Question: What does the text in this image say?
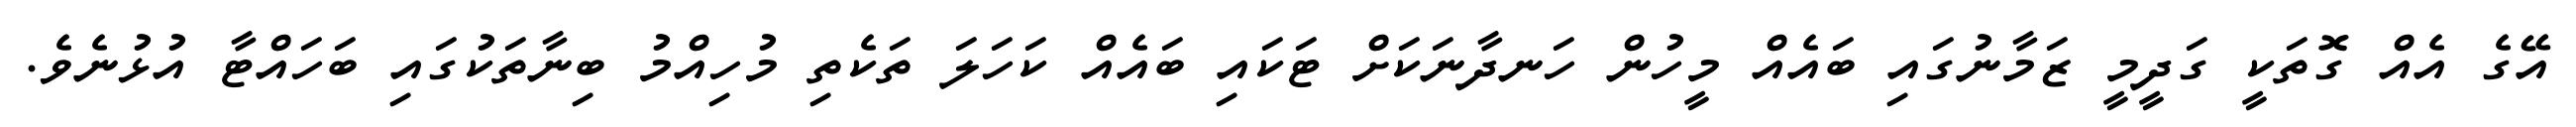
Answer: އޭގެ އެއް ގޮތަކީ ގަދީމީ ޒަމާނުގައި ބައެއް މީހުން ހަނދާނަކަށް ޓަކައި ބައެއް ކަހަލަ ތަކެތި މުހިއްމު ބިނާތަކުގައި ބަހައްޓާ އުޅުނެވެ.